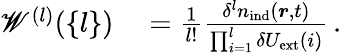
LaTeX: \begin{array}{rl}{\mathscr{W}^{(l)}(\{ l\} )}&{{}=\frac{1}{l!}\frac{\delta^{l}{n}_{\mathrm{ind}}(\boldsymbol{r},t)}{\prod_{i=1}^{l}\delta{U}_{\mathrm{ext}}(i)}\, .}\end{array}